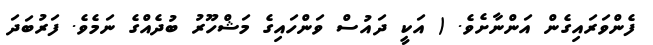
ފެންވަރައިގެން އަންނާށެވެ. ( އަކީ ދައުސް ވަންހައިގެ މަޝްހޫރު ބުދެއްގެ ނަމެވެ. ފަރުބަދަ